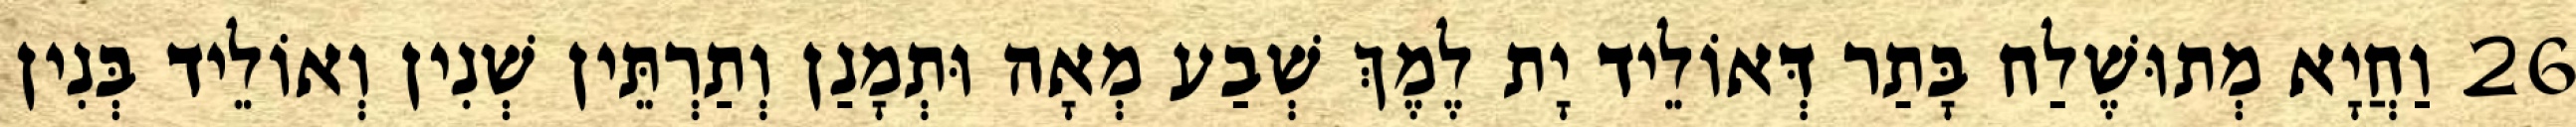
26 וַחֲיָא מְתוּשֶׁלַח בָּתַר דְּאוֹלֵיד יָת לֶמֶךְ שְׁבַע מְאָה וּתְמָנַן וְתַרְתֵּין שְׁנִין וְאוֹלֵיד בְּנִין